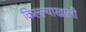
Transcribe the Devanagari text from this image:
किल्ल्याखाली